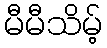
မီမီသိမ့်